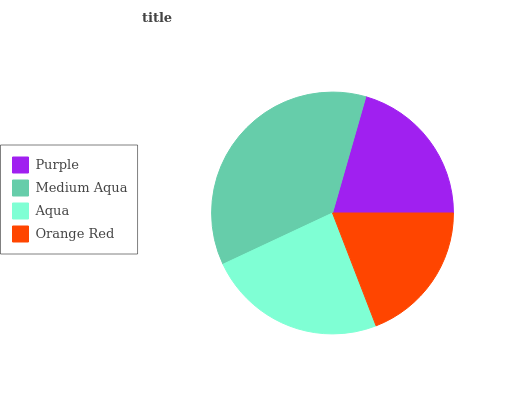
| Purple | Medium Aqua | Aqua | Orange Red |
 | --- | --- | --- | --- |
 | 20.5% | 36.5% | 23.9% | 19.1% |